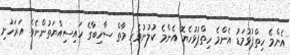
އެންމެ ހިތްޕުޅުމަޑު އެންމެ ހިތްޕުޅުހެޔޮ އެންމެ ކުލުނުވެރި މާތް ސާހިބާގެ ހައިސިއްޔަތުންނެވެ. އަރަހުށި